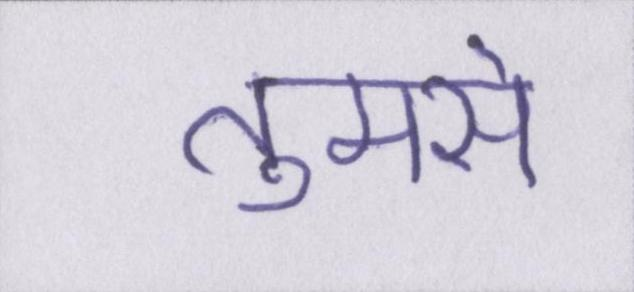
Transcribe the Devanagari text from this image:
तुमसे